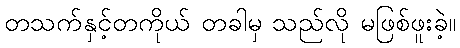
တသက်နှင့်တကိုယ် တခါမှ သည်လို မဖြစ်ဖူးခဲ့။